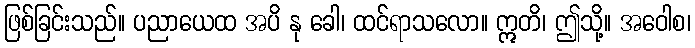
ဖြစ်ခြင်းသည်။ ပညာယေထ အပိ နု ခေါ၊ ထင်ရာသလော။ ဣတိ၊ ဤသို့။ အဝေါစ၊